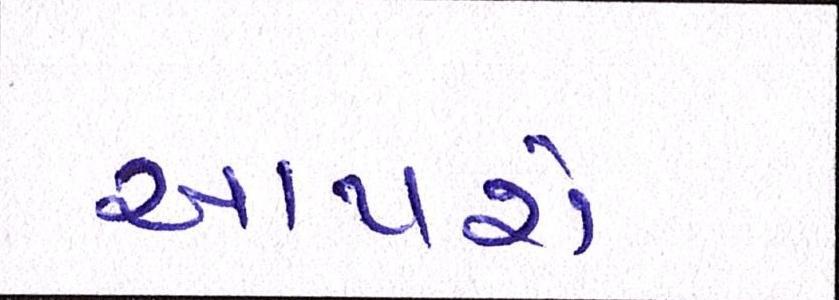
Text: આપશે